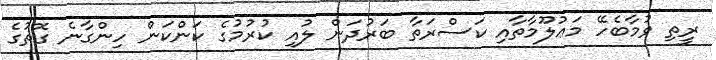
ރީތި ވުމާބެހޭ މަޢުލޫމާތާއި ކަސްރަތާ ބަރުދަން ލުއި ކުރުމުގެ ކަންކަން ހިންގާނެ ގޮތުގެ